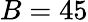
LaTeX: B=45